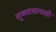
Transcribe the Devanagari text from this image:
लुफ्तांसाचाही